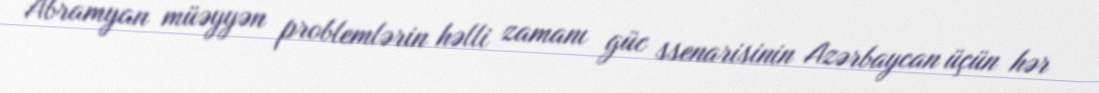
Abramyan müəyyən problemlərin həlli zamanı güc ssenarisinin Azərbaycan üçün hər